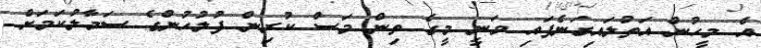
އެ މީހުން އަތުލައިގަނެފައި ވަނީ މީގެ ތިން މަސް ކުރިން ފުލުހުންގެ ސަމާލުކަމަށް